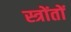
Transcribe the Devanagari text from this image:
स्त्रोंतों